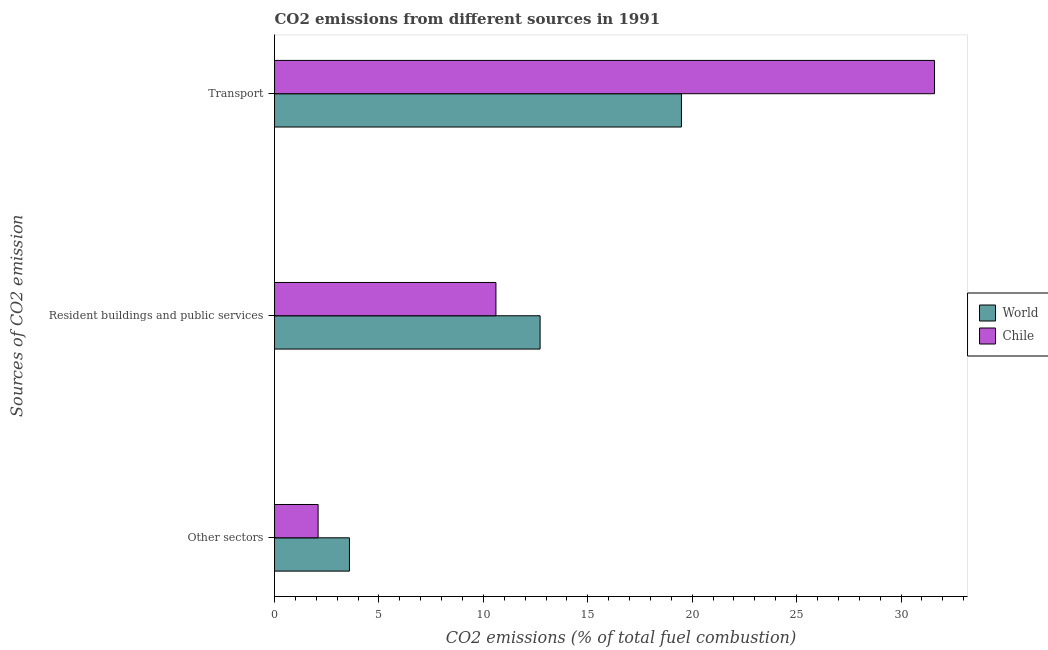
| Sources of CO2 emission | World | Chile |
 | --- | --- | --- |
 | Other sectors | 3.59 | 2.09 |
 | Resident buildings and public services | 12.7 | 10.6 |
 | Transport | 19.5 | 31.6 |